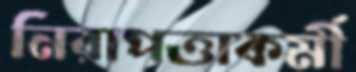
নিরাপত্তাকর্মী